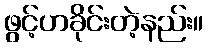
ဖွင့်ဟခိုင်းတဲ့နည်း။